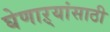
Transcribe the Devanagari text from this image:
घेणाऱ्यांसाठी